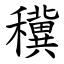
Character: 䆊